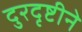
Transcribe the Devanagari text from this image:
दुरदृष्टीने